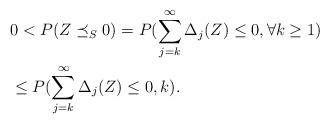
LaTeX: \begin{align*}&0<P(Z\preceq_S 0)=P(\sum_{j=k}^{\infty}\Delta_j(Z)\le 0,\forall k\ge 1)\\&\le P(\sum_{j=k}^{\infty}\Delta_j(Z) \le 0, k).\end{align*}